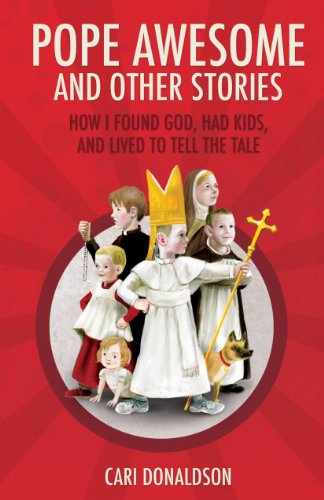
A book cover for Pope Awesome and Other Stories; Cari Donaldson; Christian Books & Bibles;